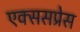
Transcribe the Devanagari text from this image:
एक्ससप्रेस